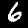
Label: 6